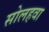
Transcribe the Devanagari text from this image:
सोलहवा